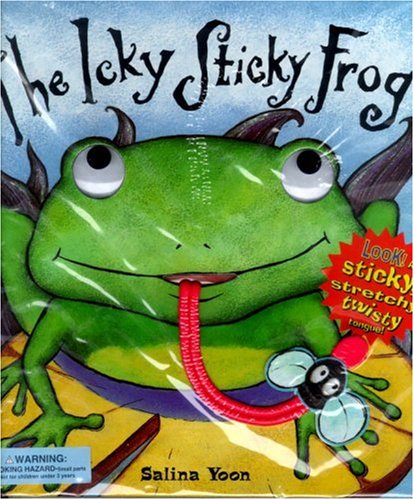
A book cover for The Icky Sticky Frog; Dawn Bentley; Children's Books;